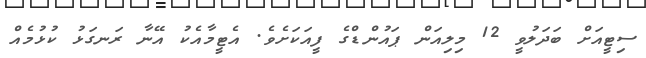
ސިޓީއަށް ބަދަލުވީ 12 މިލިއަން ޕައުންޑްގެ ފީއަކަށެވެ. އެޓީމާއެކު އޭނާ ރަނގަޅު ކުޅުމެއް